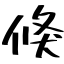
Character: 倏